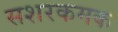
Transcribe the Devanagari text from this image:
सशरकमक